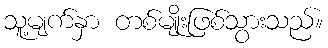
သူ့မျက်နှာ တစ်မျိုးဖြစ်သွားသည်။